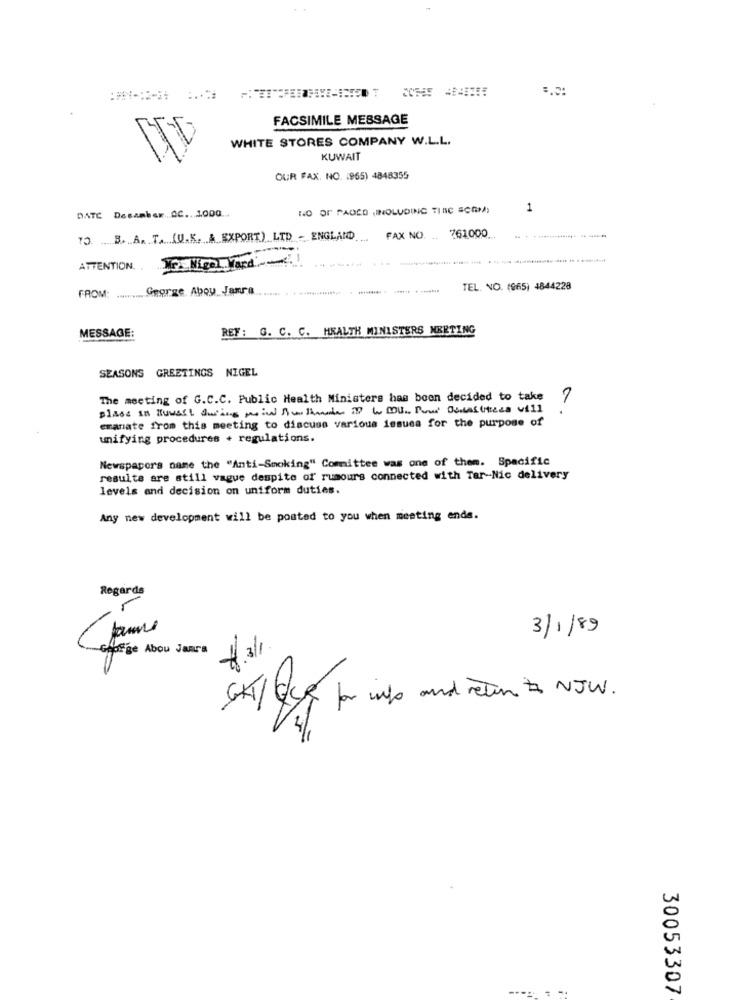
FACSIMILE MESSAGE
WHITE STORES COMPANY W.L.L.
KUWAIT
OUR FAX. NO. (965) 4848355
DATE Desanber. AC .. 1000 ..
NO OF PAOLO ,INOLUDING TINC SCOM)
1
TO. B. A. T. (U.K. A EXPORT) LTD - ENGLAND
....
FAX NO.
761.000 ..
---------- --
ATTENTION. YF Nigel Tard ~~
FROM: ......... George Aboy Jamra
TEL. NO. (965) 4844228
REF: G. C. C. HEALTH MINISTERS MEETING
MESSAGE:
SEASONS GREETINGS NIGEL
The meeting of G.C.C. Public Health Ministers has been decided to take
a.
emanate from this meeting to discuss various issues for the purpose of
unifying procedures + regulations.
Newspapers name the "Anti-Smoking" Committee was one of them. Spacific
results are still vague despite of rumours connected with Tar-Nic delivery
levels and decision on uniform duties.
Any new development will be posted to you when meeting ende.
Regards
3/1/89
George Abou Jaara
CKT / Que for into and return to NJW .
30053307